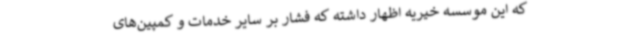
که این موسسه خیریه اظهار داشته که فشار بر سایر خدمات و کمپین‌های